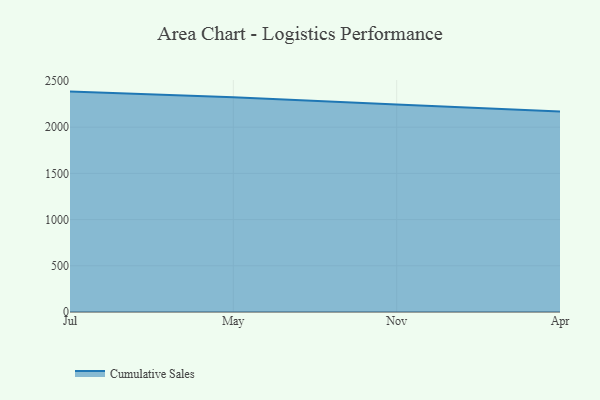
{"axis": {"x": "Month", "y": "Churn Rate (%)"}, "legend": ["Cumulative Sales"], "data": [{"x": "Jul", "y": 2384.6, "type": "Cumulative Sales"}, {"x": "May", "y": 2324.3, "type": "Cumulative Sales"}, {"x": "Nov", "y": 2244.1, "type": "Cumulative Sales"}, {"x": "Apr", "y": 2169.3, "type": "Cumulative Sales"}]}